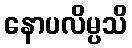
နောပလိမ္ပသိ